Aleksander_Warma, lk 23
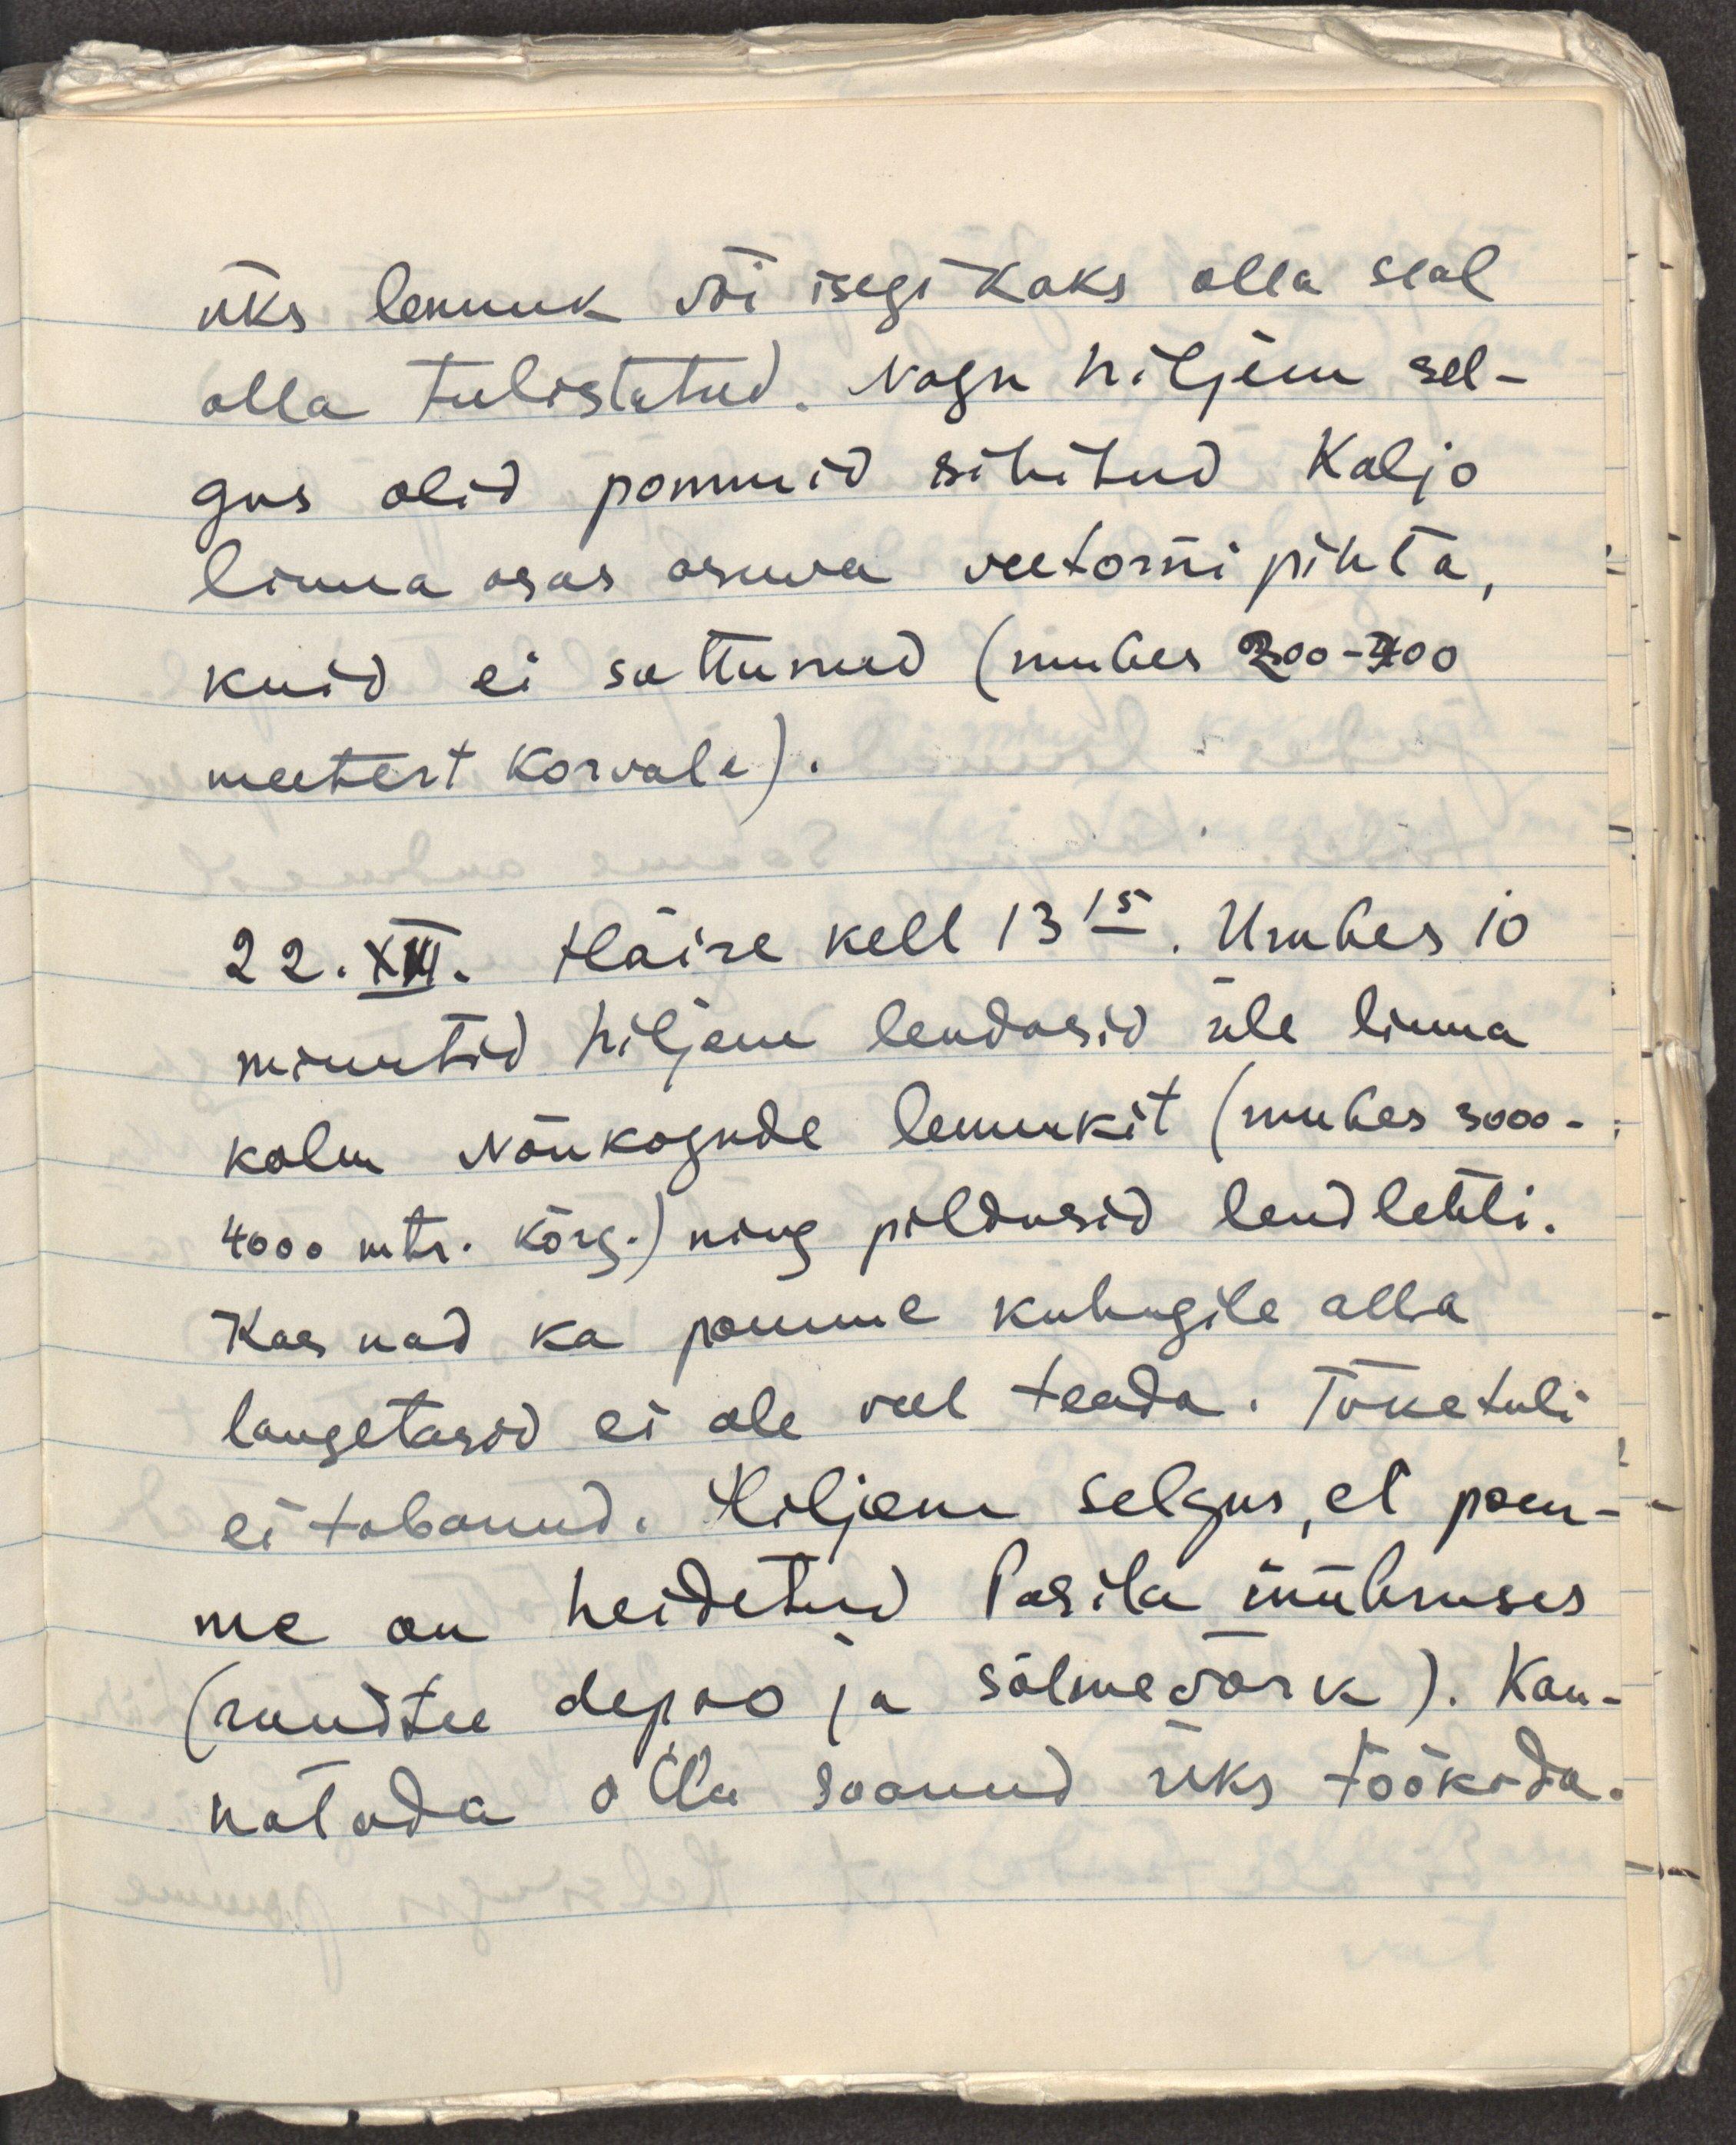
üks lennuk või isegi kaks olla seal
alla tulistatud. Nagu hiljem sel-
gus olid pommid sihitud Kaljo
linna osas asuva veetorni pihta,
kuid ei sattunud (umbes 200-300
meetert korvale).
22.XII. Häire kell 13.15. Umbes 10
minutid hiljem lendasid üle linna
kolm Nõukogude lennukit (umbes 3000-
4000 mtr. kõrg.) ning pildusid lendlehti.
Kas nad ka pomme kuhugile alla
langetasid ei ole veel teada. Tõketuli
ei tabanud. Hiljem selgus,et pom-
me on heidetud Pasila ümbruses
(raudtee depoo ja sõlmevõrk). Kan-
natada olla saanud üks töökoda.